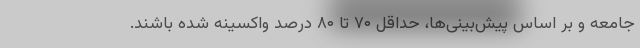
جامعه و بر اساس پیش‌بینی‌ها، حداقل ۷۰ تا ۸۰ درصد واکسینه شده باشند.